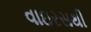
વાઇરસથી